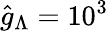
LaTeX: \hat{g}_{\Lambda}=10^{3}